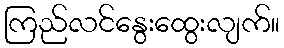
ကြည်လင်နွေးထွေးလျက်။